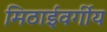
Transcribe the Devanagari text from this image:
मिठाईवर्गीय